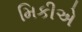
મિકીએ